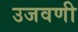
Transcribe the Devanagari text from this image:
उजवणी